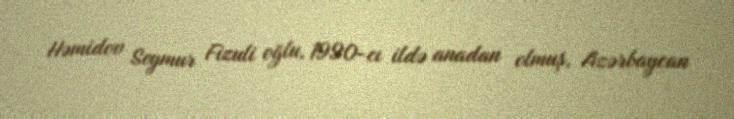
Həmidov Seymur Fizuli oğlu, 1990-cı ildə anadan olmuş, Azərbaycan